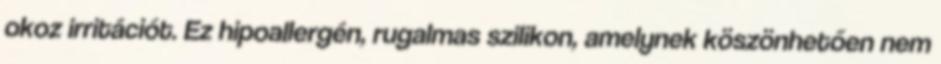
okoz irritációt. Ez hipoallergén, rugalmas szilikon, amelynek köszönhetően nem